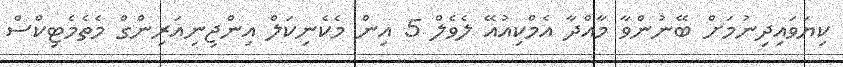
ކިޔަވައިދިނުމަށް ބޭނުންވާ މާއްދާ އެމްކިއުއޭ ލެވެލް 5 އިން މެކެނިކަލް އިންޖިނިއަރިންގް މެތެމެޓިކްސް